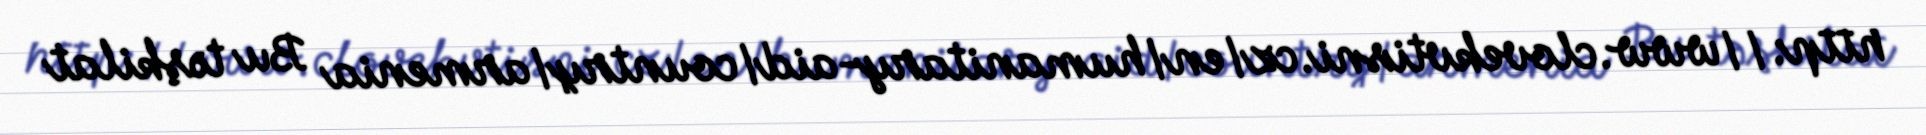
http://www.clovekvtisni.cz/en/humanitary-aid/country/armenia Bu təşkilat